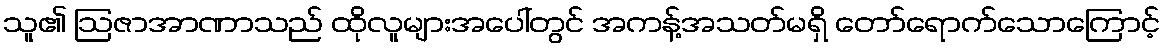
သူ၏ ဩဇာအာဏာသည် ထိုလူများအပေါ်တွင် အကန့်အသတ်မရှိ တော်ရောက်သောကြောင့်